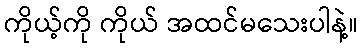
ကိုယ့်ကို ကိုယ် အထင်မသေးပါနဲ့။